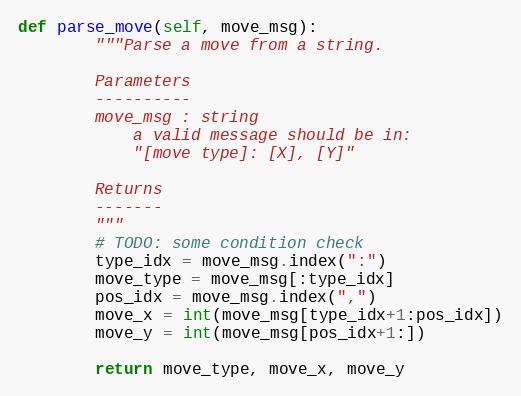
Language: Python
def parse_move(self, move_msg):
        """Parse a move from a string.

        Parameters
        ----------
        move_msg : string
            a valid message should be in:
            "[move type]: [X], [Y]"

        Returns
        -------
        """
        # TODO: some condition check
        type_idx = move_msg.index(":")
        move_type = move_msg[:type_idx]
        pos_idx = move_msg.index(",")
        move_x = int(move_msg[type_idx+1:pos_idx])
        move_y = int(move_msg[pos_idx+1:])

        return move_type, move_x, move_y